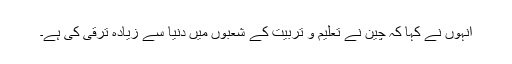
انہوں نے کہا کہ چین نے تعلیم و تربیت کے شعبوں میں دنیا سے زیادہ ترقی کی ہے۔